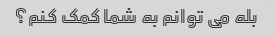
بله می توانم به شما کمک کنم؟